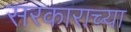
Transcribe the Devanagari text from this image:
सरकाराच्या